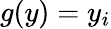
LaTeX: g(y)=y_{i}